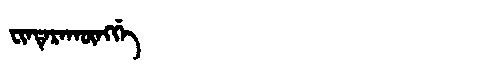
Manchu: ᠸᡳᠨᡨᡝᡵᠠᡴᡡᠩᡤᡝ
Romanization: FINTERAKŪNGGE